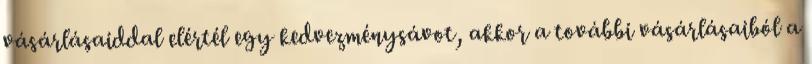
vásárlásaiddal elértél egy kedvezménysávot, akkor a további vásárlásaiból a